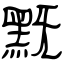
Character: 黖